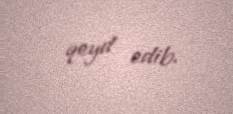
qeyd edib.